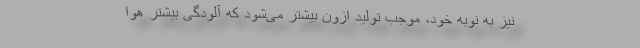
نیز به نوبه خود، موجب تولید اُزون بیشتر می‌شود که آلودگی بیشتر هوا